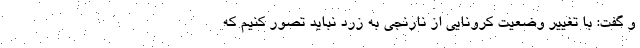
و گفت: با تغییر وضعیت کرونایی از نارنجی به زرد نباید تصور کنیم که